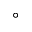
^ { \circ }